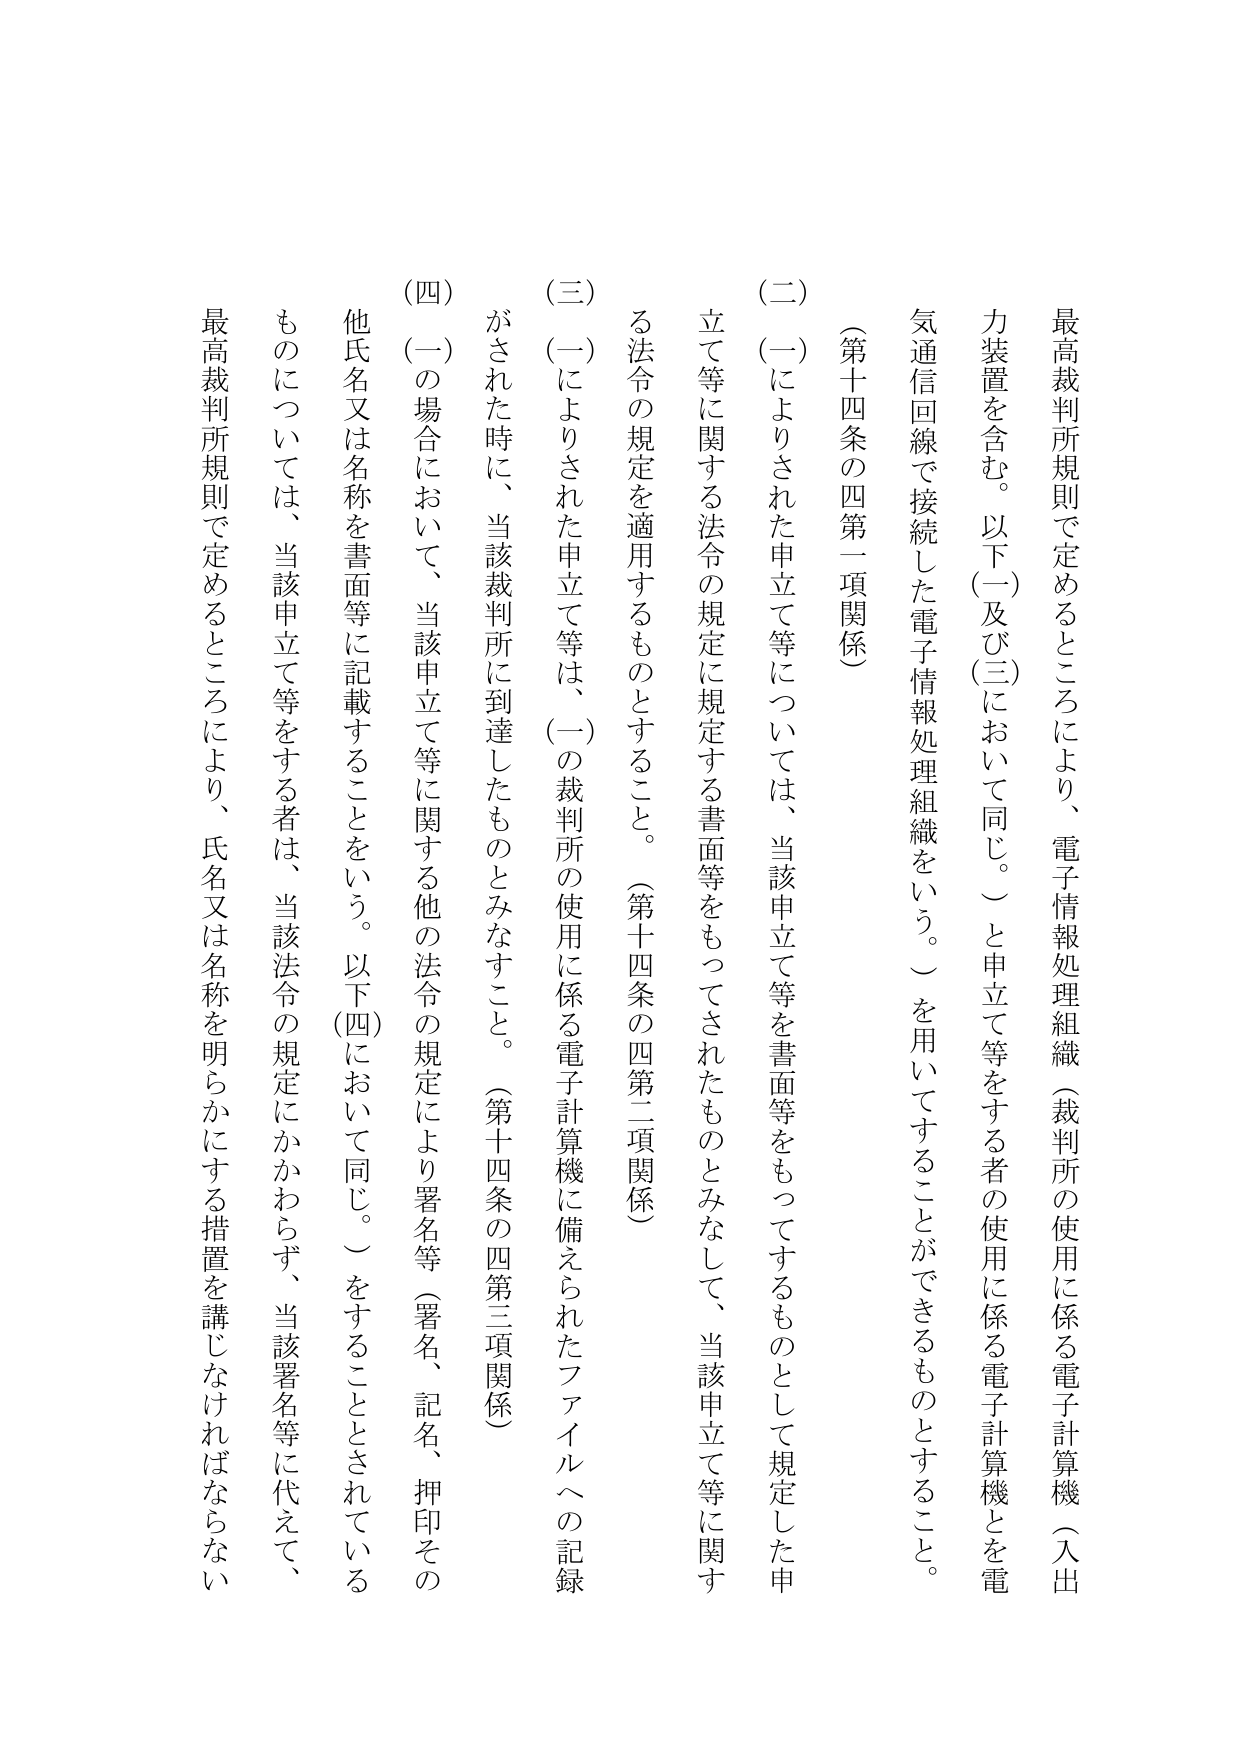
最高裁判所規則で定めるところにより、電子情報処理組織（裁判所の使用に係る電子計算機（入出力装置を含む。以下（一）及び（三）において同じ。）と申立て等をする者の使用に係る電子計算機とを電気通信回線で接続した電子情報処理組織をいう。）を用いてすることができるものとすること。

（第十四条の四第一項関係）

（二）（一）によりされた申立て等については、当該申立て等を書面等をもってするものとして規定した申立て等に関する法令の規定に規定する書面等をもってされたものとみなして、当該申立て等に関する法令の規定を適用するものとすること。（第十四条の四第二項関係）

（三）（一）によりされた申立て等は、（一）の裁判所の使用に係る電子計算機に備えられたファイルへの記録がされた時に、当該裁判所に到達したものとみなすこと。（第十四条の四第三項関係）

（四）（一）の場合において、当該申立て等に関する他の法令の規定により署名等（署名、記名、押印その他の氏名又は名称を書面等に記載することをいう。以下（四）において同じ。）をすることとされているものについては、当該申立て等をする者は、当該法令の規定にかかわらず、当該署名等に代えて、最高裁判所規則で定めるところにより、氏名又は名称を明らかにする措置を講じなければならない